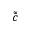
\tilde { \bar { c } }